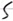
Text: S